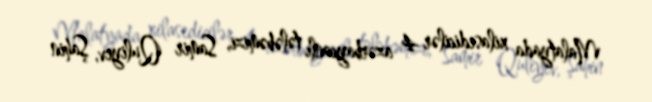
Malatyada xilasedicilər 4 azərbaycanlı tələbəmizi, Samir Quliyev, Şahin